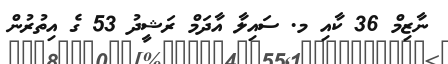
ނާޒިމް 36 ކާއި މ. ސައިލާ އާދަމް ރަޝީދު 53 ގެ އިތުރުން